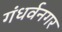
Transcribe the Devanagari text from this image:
गंधर्वनगर